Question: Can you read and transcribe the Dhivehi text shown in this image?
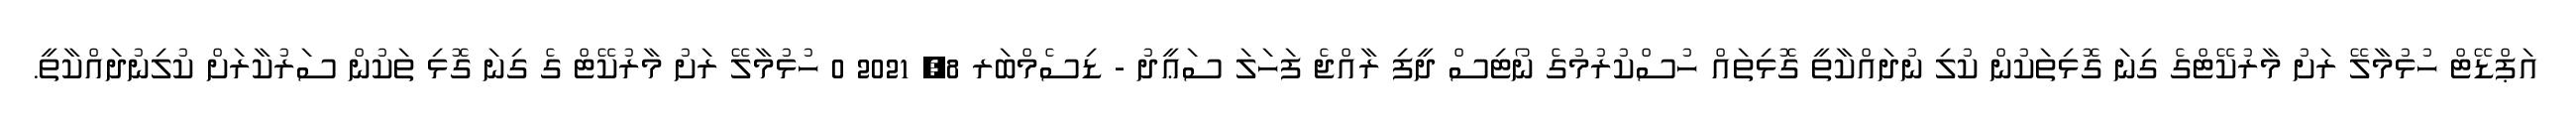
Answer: އަޕްޑޭޓް ހުޅުމާލޭ ރަށު މާރުކޭޓްގެ ގިނަ ގޮޅިތަކުން ކުލި ނުދައްކާތީ ގޮޅިތައް ހުސްކުރުމުގެ ނޯޓިސް ދީފި ރާއްޖެ ފަހަލަ ސަޢީދު - ޑިސެމްބަރ 8, 2021 0 ހުޅުމާލޭ ރަށު މާރުކޭޓް ގެ ގިނަ ގޮޅި ތަކުން ސަރުކާރަށް ކުލިނުދައްކާތީ.